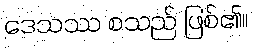
ဒေသဿ စသည် ဖြစ်၏။